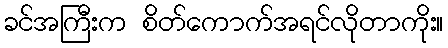
ခင်အကြီးက စိတ်ကောက်အရင်လိုတာကိုး။